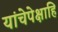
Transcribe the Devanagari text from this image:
यांचेपेक्षाहि